Treatise on elephants
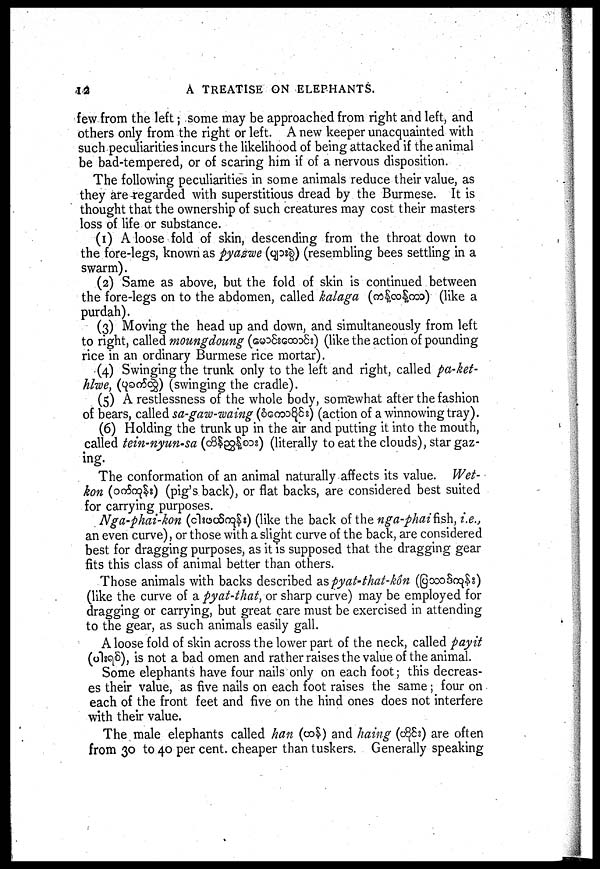
12
A TREATISE ON ELEPHANTS.
few from the left; some may be approached from right and left, and
others only from the right or left. A new keeper unacquainted with
such peculiarities incurs the likelihood of being attacked if the animal
be bad-tempered, or of scaring him if of a nervous disposition.
The following peculiarities in some animals reduce their value, as
they are regarded with superstitious dread by the Burmese. It is
thought that the ownership of such creatures may cost their masters
loss of life or substance.
(1) A loose fold of skin, descending from the throat down to
the fore-legs, known as pyazwe (
) (resembling bees settling in a
swarm).
(2) Same as above, but the fold of skin is continued between
the fore-legs on to the abdomen, called kalaga (
) (like a
purdah).
(3) Moving the head up and down, and simultaneously from left
to right, called moungdoung (
) (like the action of pounding
rice in an ordinary Burmese rice mortar).
(4) Swinging the trunk only to the left and right, called pa-ket-
hlwe, (
) (swinging the cradle).
(5) A restlessness of the whole body, somewhat after the fashion
of bears, called sa-gaw-waing (
) (action of a winnowing tray).
(6) Holding the trunk up in the air and putting it into the mouth,
called tein-nyun-sa (
) (literally to eat the clouds), star gaz-
ing.
The conformation of an animal naturally affects its value. Wet-
kon (
) (pig's back), or flat backs, are considered best suited
for carrying purposes.
Nga-phai-kon (
) (like the back of the nga-phai fish, i.e.,
an even curve), or those with a slight curve of the back, are considered
best for dragging purposes, as it is supposed that the dragging gear
fits this class of animal better than others.
Those animals with backs described as pyat-that-kôn (
)
(like the curve of a pyat-that, or sharp curve) may be employed for
dragging or carrying, but great care must be exercised in attending
to the gear, as such animals easily gall.
A loose fold of skin across the lower part of the neck, called payit
(
), is not a bad omen and rather raises the value of the animal.
Some elephants have four nails only on each foot; this decreas-
es their value, as five nails on each foot raises the same ; four on
each of the front feet and five on the hind ones does not interfere
with their value.
The male elephants called han ( ) and haing ( ) are often
from 30 to 40 per cent cheaper than tuskers. Generally speaking